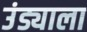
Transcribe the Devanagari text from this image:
उंड्याला